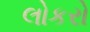
લોકરો